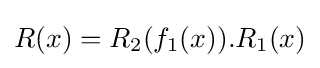
R(x)=R_{2}(f_{1}(x)).R_{1}(x)